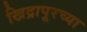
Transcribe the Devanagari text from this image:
खिद्रापूरच्या